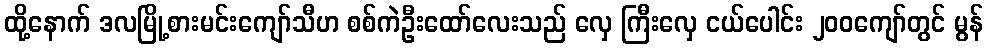
ထို့နောက် ဒလမြို့စားမင်းကျော်သီဟ စစ်ကဲဦးထော်လေးသည် လှေ ကြီးလှေ ငယ်ပေါင်း ၂၀၀ကျော်တွင် မွန်